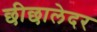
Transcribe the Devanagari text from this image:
छीछालेदर